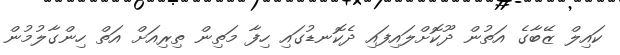
ކައިލް ޒޭބާގެ އަތުން ދޫކޮށްލައިފައި ދެކޮނޑުގައި ހިފާ މަތިން ތިރިއަށް އަތް ހިންގާލުމުން